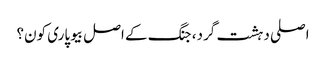
اصلی دہشت گرد، جنگ کے اصل بیوپاری کون؟